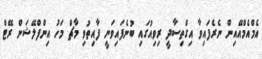
އެމްއެމްއޭއިން ނެރެފައިވާ އިގްތިސާދީ ރިވިއުގައި ބުނެފައިވަނީ ފާއިތުވި މާޗް މަހު އިންފްލޭޝަން ރޭޓް